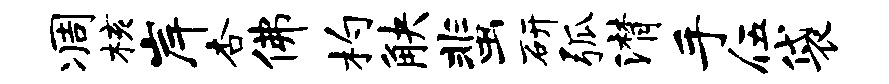
凋核岸杏佛杓觖蜚研弧潸手伍袋